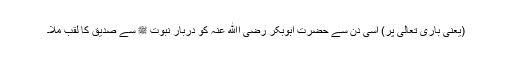
(یعنی باری تعالیٰ پر) اسی دن سے حضرت ابوبکر رضی اﷲ عنہ کو دربار نبوت ﷺ سے صدیق کا لقب ملا۔